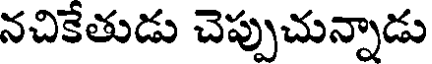
నచికేతుడు చెప్పుచున్నాడు